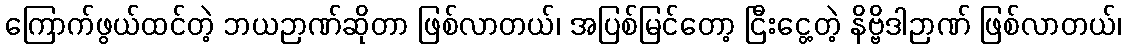
ကြောက်ဖွယ်ထင်တဲ့ ဘယဉာဏ်ဆိုတာ ဖြစ်လာတယ်၊ အပြစ်မြင်တော့ ငြီးငွေ့တဲ့ နိဗ္ဗိဒါဉာဏ် ဖြစ်လာတယ်၊